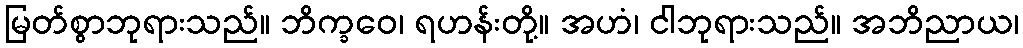
မြတ်စွာဘုရားသည်။ ဘိက္ခဝေ၊ ရဟန်းတို့။ အဟံ၊ ငါဘုရားသည်။ အဘိညာယ၊